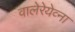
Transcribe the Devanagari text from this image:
वालेरेयेव्ना